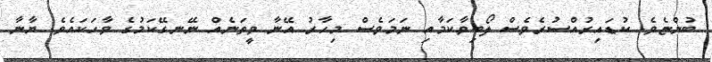
ބުންޏެވެ. ކުޑައިރުއްސުރެވެސް ލޯބިވާކަމާއި ނަމަވެސް މިހާރު އޭނާ ވީތަނެއް ނޭނގޭކަމުގެ ވާހަކައެވެ. ޔާނާ